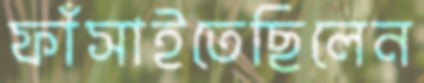
ফাঁসাইতেছিলেন